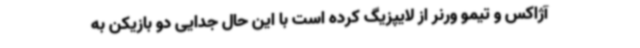
آژاکس و تیمو ورنر از لایپزیگ کرده است با این حال جدایی دو بازیکن به